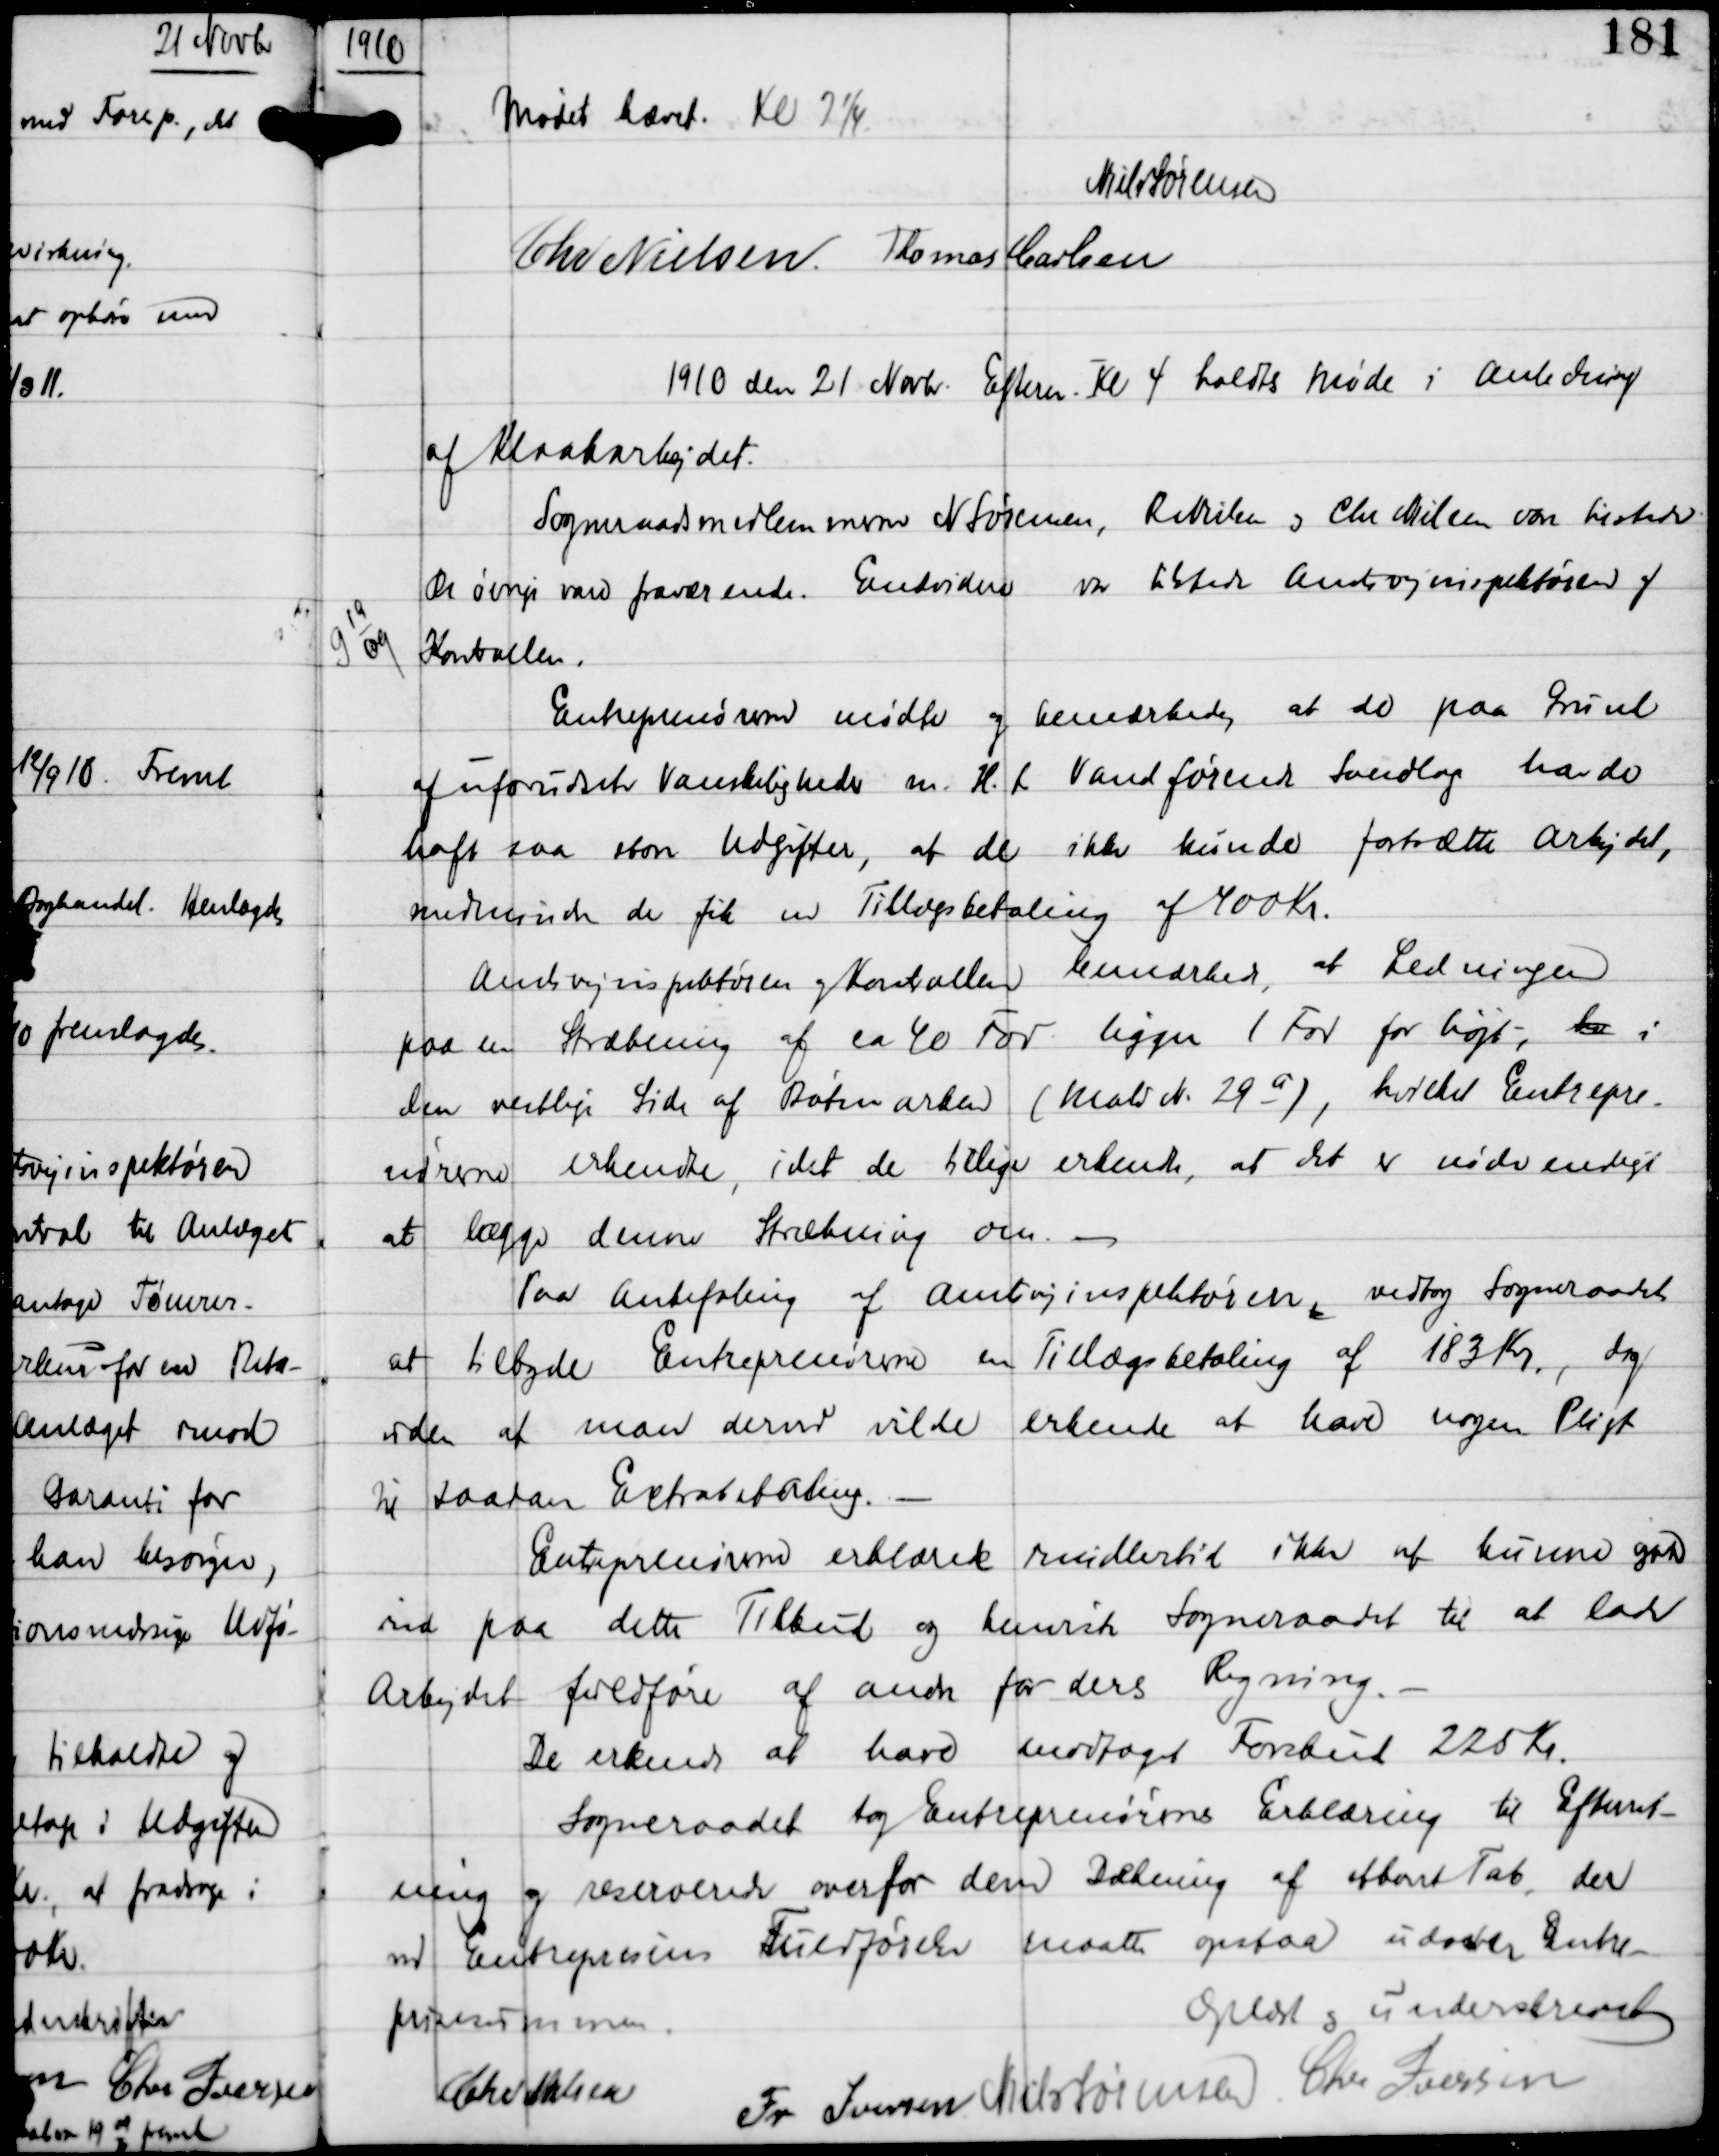
Transskription:
1910

Mødet hævet Kl 7¼
Niels Sørensen
Chr Nielsen
Thomas Carlsen

1910 den 21 Novbr Efterm Kl 4 holdtes Møde i Anledning
af Kloakarbejdet.
Sogneraadsmedlemmerne N Sørensen, R Nielsen og Chr Nielsen vare tilstede
De øvrige vare fraværende. Endvidere var tilstede Amtsvejinspektøren og
Kontrollen.

G 19
09

Entreprenørerne mødte og bemærkede, at de paa Grund
af uforudsete Vanskeligheder m.H.t. Vandførende Sandlag havde
haft saa store Udgifter, at de ikke kunde fortsætte Arbejdet,
medmindre de fik en Tillægsbetaling af 400 Kr
Amtsvejinspektøren og Kontrollen bemærkede, at Ledningen
paa en Strækning af ca 40 Fav ligger 1 Fav for højt, her i
den vestlige Side af Bøtmarken (Matr N. 29a), hvilket Entrepre-
nørerne erkendte, idet de tillige erkendte, at det er nødvendigt
at lægge denne Strækning om. -
Paa Anbefaling af Amtsvejinspektøren, vedtog Sogneraadet
at tilbyde Entreprenørerne en Tillægsbetaling af 183 Kr, dog
uden at man dermed vilde erkende at have nogen Pligt
til saadan Extrabetaling. -

Entreprenørerne erklærede imidlertid ikke at kunne gaa
ind paa dette Tilbud og henviste Sogneraadet til at lade
Arbejdet fuldføre af andre for deres Regning. -
De erkendte at have modtaget Forskud 225 Kr.
Sogneraadet tog Entreprenørenes Erklæring til Efterret-
ning og reserverede overfor dem Dækning af ethvert Tab, der
ved Entreprisens Fuldførelse maatte opstaa udover Entre-
prisesummen.
Oplæst og underskrevet
Chr Nielsen
Fr Iversen Niels Sørensen Chr Iversen